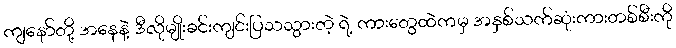
ကျနော်တို့ အနေနဲ့ ဒီလိုမျိုးခင်းကျင်းပြသသွားတဲ့ ရဲ့ ကားတွေထဲကမှ အနှစ်သက်ဆုံးကားတစ်စီးကို